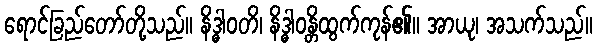
ရောင်ခြည်တော်တို့သည်။ နိဒ္ဓါဝတိ၊ နိဒ္ဓါဝန္တိထွက်ကုန်၏။ အာယု၊ အသက်သည်။